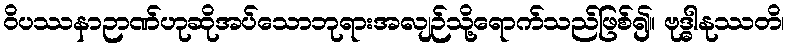
ဝိပဿနာဉာဏ်ဟုဆိုအပ်သောဘုရားအလျဉ်သို့ရောက်သည်ဖြစ်၍။ ဗုဒ္ဓါနုဿတိ၊